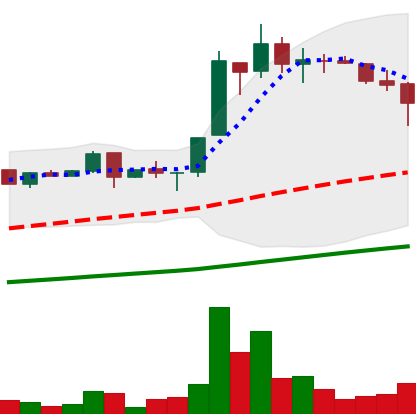
Ticker: LTC-USD
Chart end date: 2017-06-26
Forward return: -5.212%
Label: down_5_7